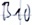
Text: B10